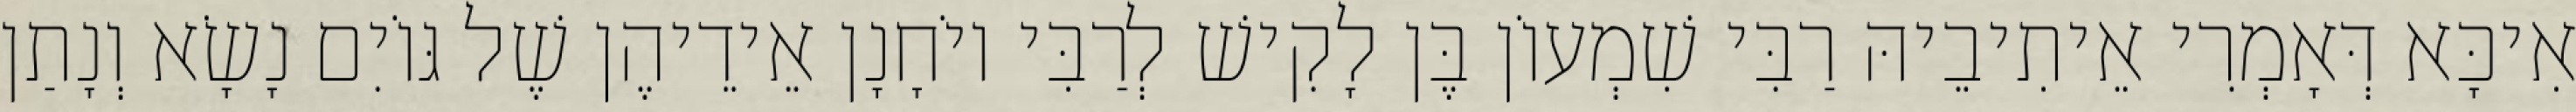
אִיכָּא דְּאָמְרִי אֵיתִיבֵיהּ רַבִּי שִׁמְעוֹן בֶּן לָקִישׁ לְרַבִּי יוֹחָנָן אֵידֵיהֶן שֶׁל גּוֹיִם נָשָׂא וְנָתַן